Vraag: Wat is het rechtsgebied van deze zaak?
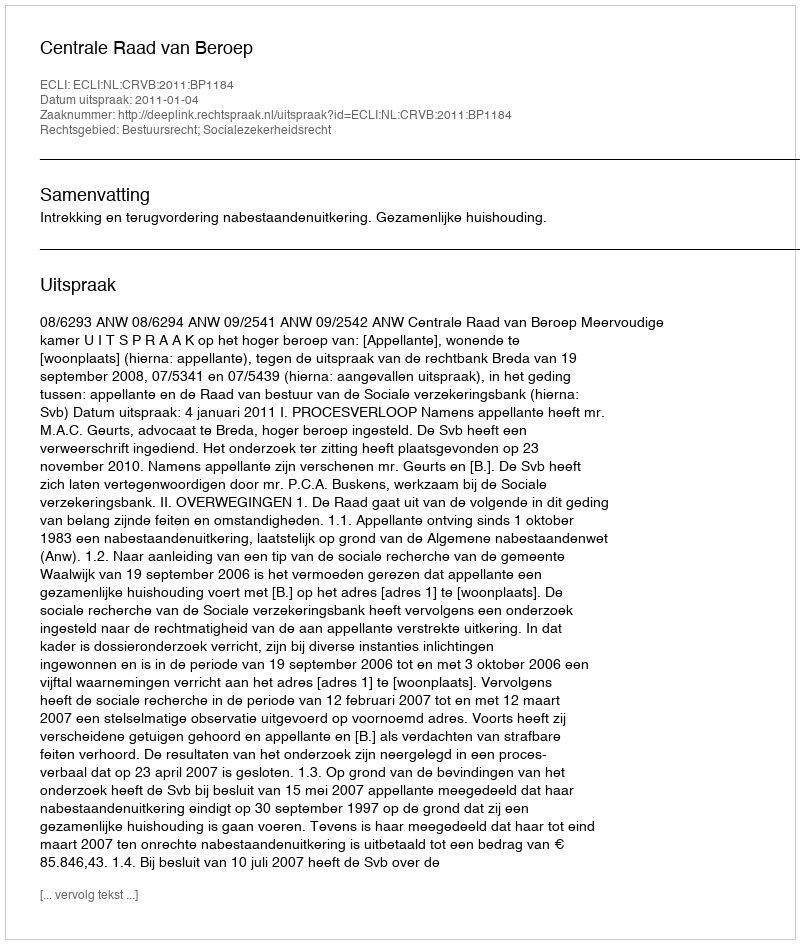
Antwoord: Bestuursrecht; Socialezekerheidsrecht